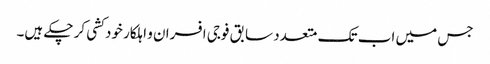
جس میں اب تک متعدد سابق فوجی افسران و اہلکار خود کشی کر چکے ہیں۔